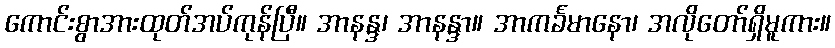
ကောင်းစွာအားထုတ်အပ်ကုန်ပြီ။ အာနန္ဒ၊ အာနန္ဒာ။ အာကင်္ခမာနော၊ အလိုတော်ရှိမူကား။